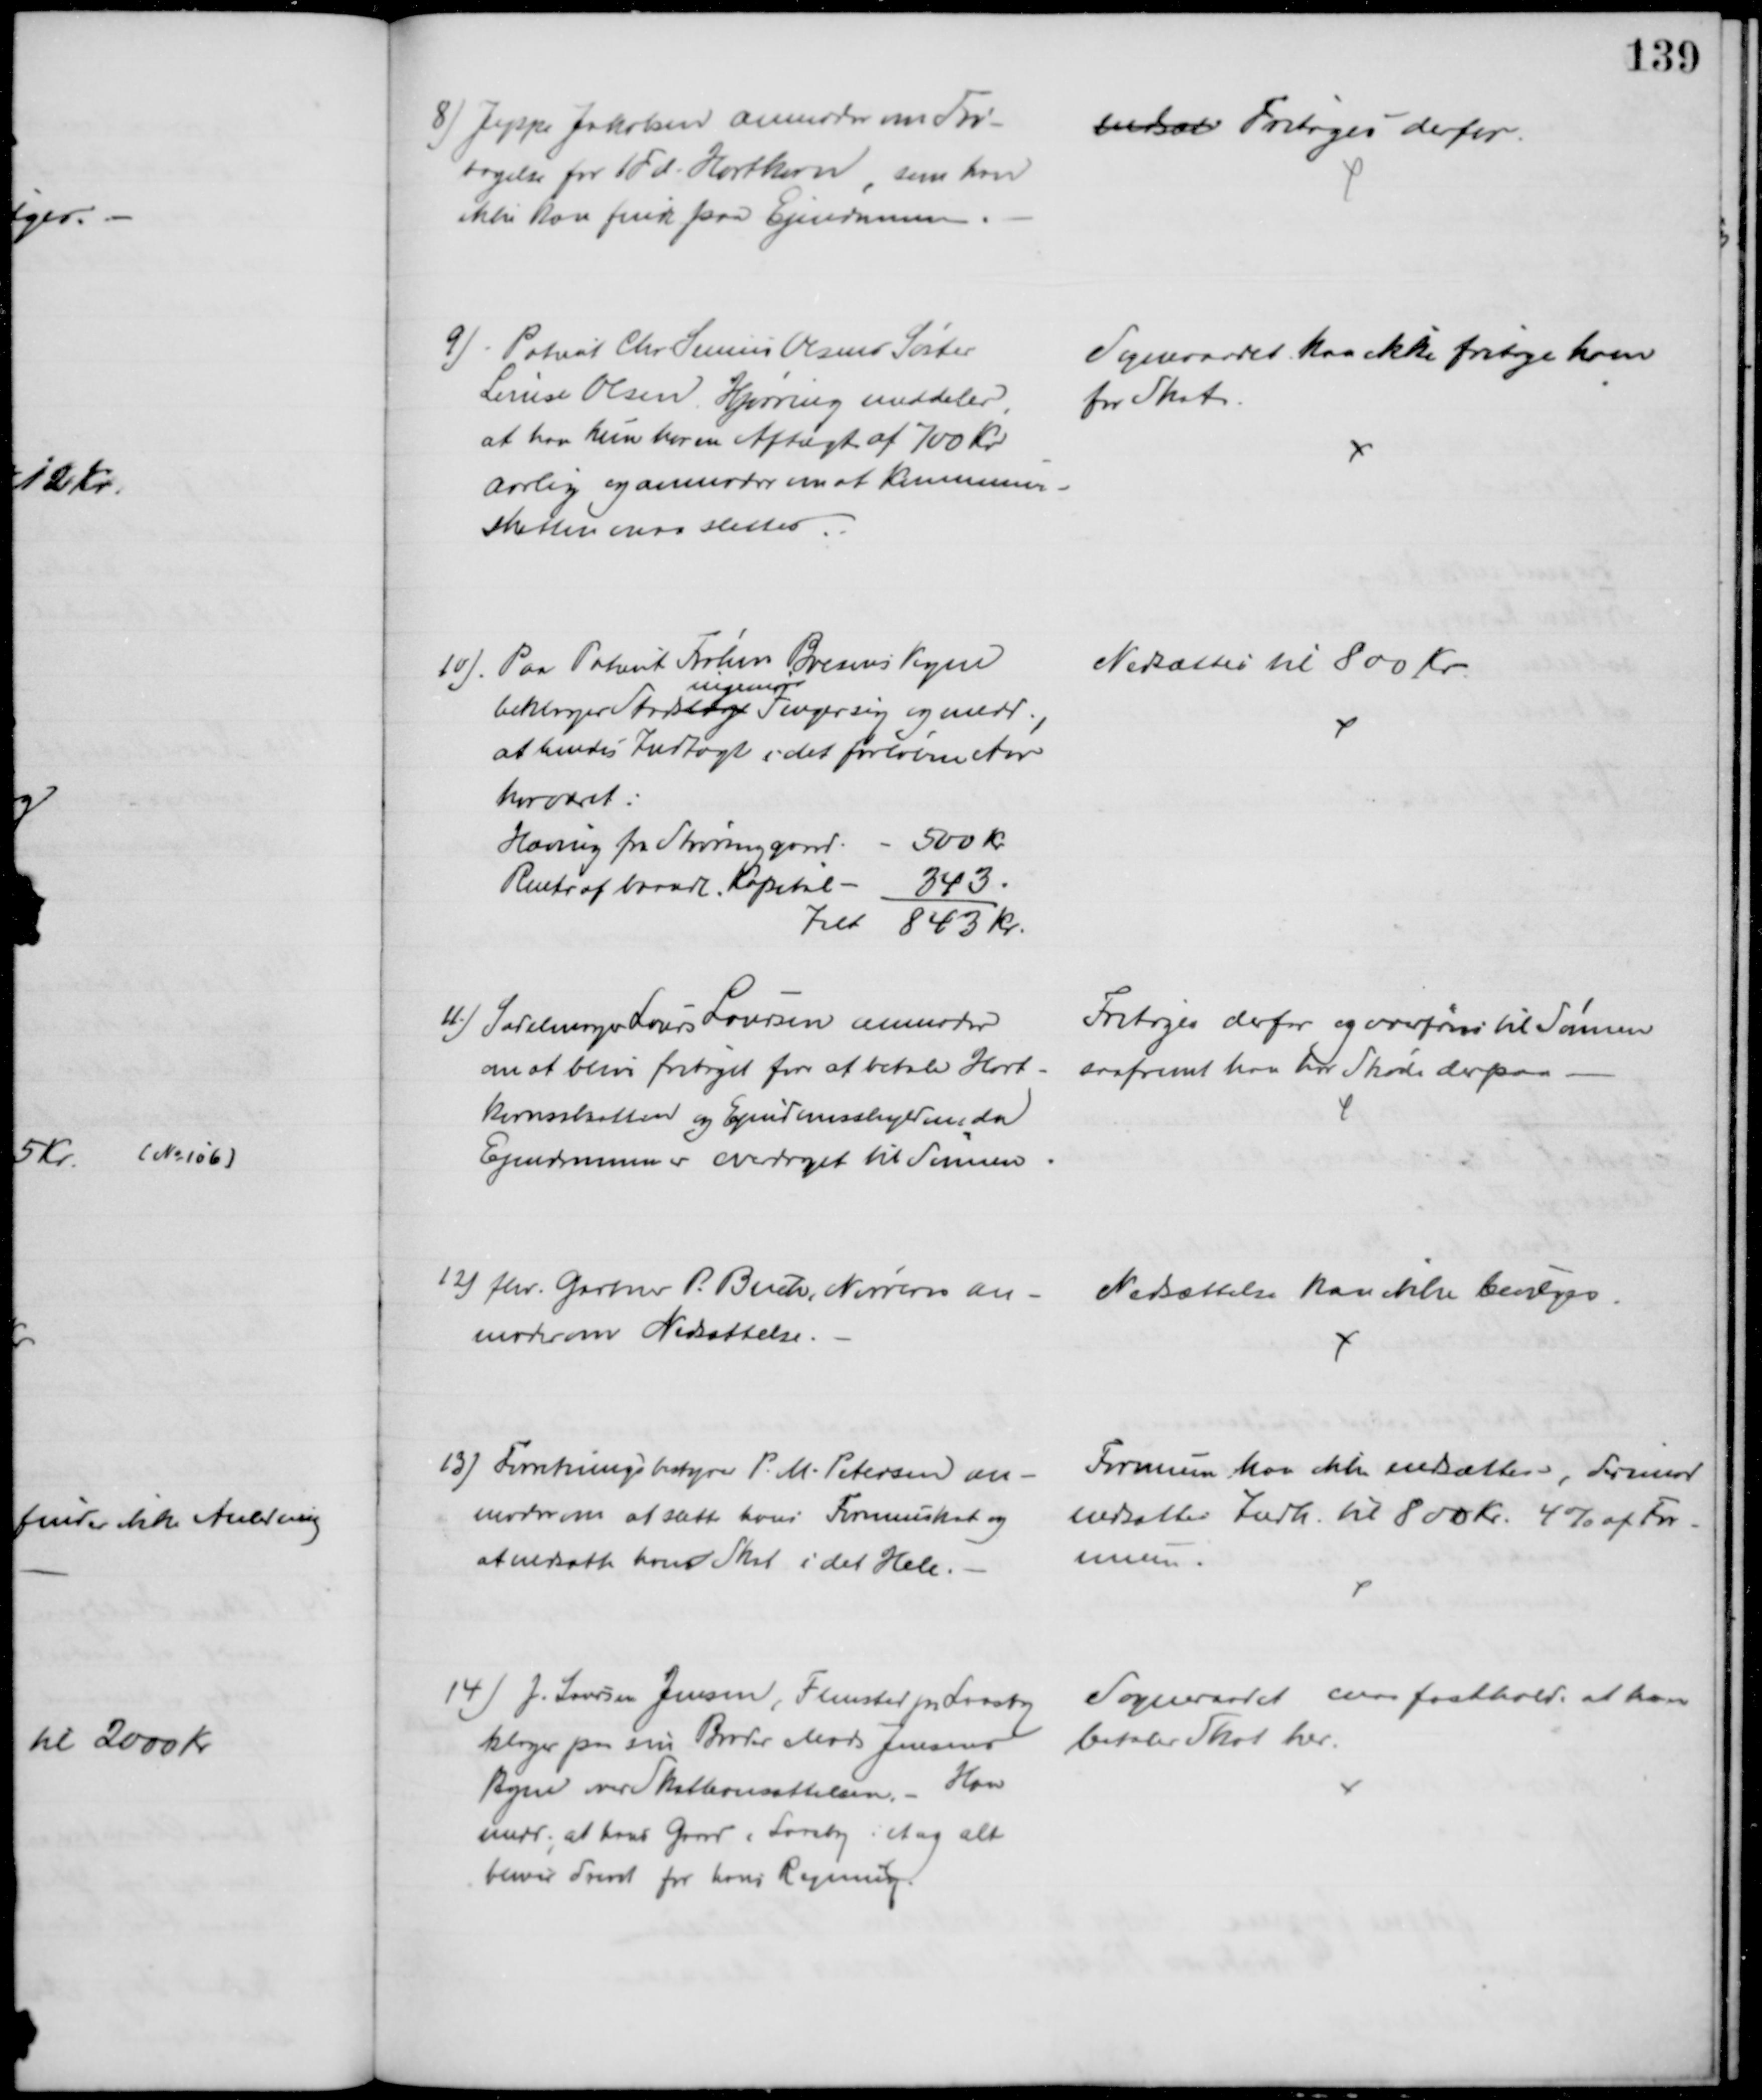
Transskription:
8) Jeppe Jakobsen anmoder om Fri-
tagelse for 1Td. Hartkorn som han
ikke kan finde paa Ejendommen
nedsat Fritoges derfor.
9) Patient Chr. Senius Olsens Søster
Louise Olsen, Hjørring meddeler,
at han kun har en Aftægt af 700 Kr
aarlig og anmoder om at Kommune-
Skattenen maa slettes
Sogneraadet kan ikke fritage ham
for Skat
10). Paa Patient Frøken Brems Vegne
beklager Stadslæge 
ingeniør
Fenger sig og medd.,
at hendes Indtægt i det forløbne Aar
har været
Hæving fra Støvringgaard. - 500 Kr.
Renter af  Kapital - 343
Ialt 843 Kr..
Nedsættes til 800 Kr.
11) Sadelmager Laurs Laursen anmoder
om at blive fritaget for at betale Hart-
kornsskatten og Ejendomsskylden da
Ejendommen er overdraget til Sønnen
Fritoges derfor og overføres til Sønnen
saafremt han har Skøde derpaa 
12) fhv. Gartner P. Buch, Nørreris an-
moder om Nedsættelse.
Nedsættelse kan ikke bevilges.
13) Forretningsbestyrer P. M. Petersen an-
moder om at sætte hans Formueskat og 
at nedsætte hans Skat i det Hele.
Formuen han ikke nedsættes, derimod
nedsattes Indk. til 800 Kr. 4 % af For-
muen.
14) J. Laursen Jensen, Flensted pr. Laasby
klager paa sin Broder Mads Jensens
Vegne over Skatteansættelsen. - Han
medd. at hans Gaard i Laasby i et og alt
bliver drevet for hans Regning.
Sogneraadet maa fastholde at han
betaler Skat her.